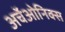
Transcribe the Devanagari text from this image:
अर्चेओनिक्स